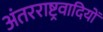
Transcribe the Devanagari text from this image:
अंतरराष्ट्रवादियों